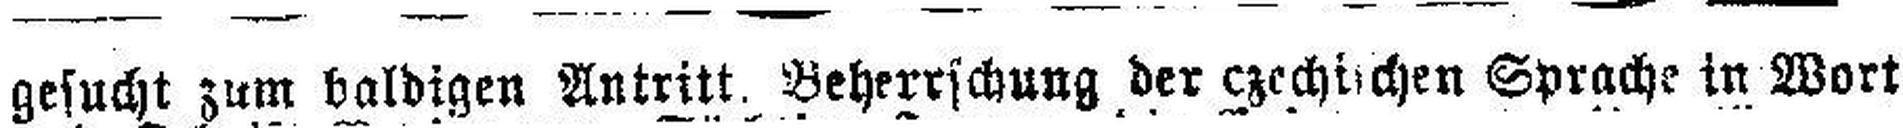
gesucht zum baldigen Antritt. Beherrschung der czechtichen Sprache in Wort